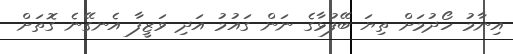
އިނާމު ހޯދުމަށް ތިޔަ ބޭފުޅާގެ ނަން ގައުމު އަދި ވަޒީފާ އެނގޭނެ ގޮތަށް